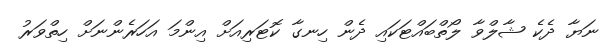
ނަޔާ ދެކެ ޝާލްވާ ލޯތްބައްޓަކައި ދެން ހިނގާ ކޮޓަރިއަށް އިންމަ އަހަރެންނަށް ހިތްވަރު